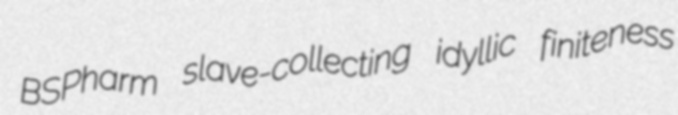
BSPharm slave-collecting idyllic finiteness